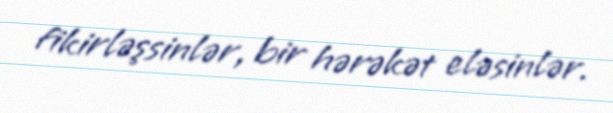
fikirləşsinlər, bir hərəkət eləsinlər.